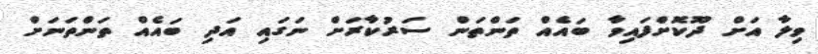
ވިލާ އަށް ދޫކޮށްފައިވާ ބައެއް ތަންތަން ސަރުކާރަށް ނަގައި އަދި ބައެއް ތަންތަނަށް